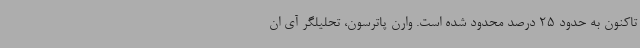
تاکنون به حدود 25 درصد محدود شده است. وارن پاترسون، تحلیلگر آی ان